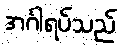
အင်္ဂါရပ်သည်